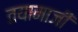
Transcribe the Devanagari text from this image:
तयामाजीं